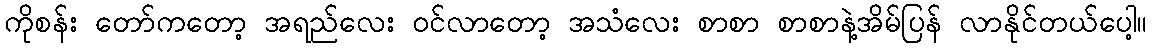
ကိုစန်း တော်ကတော့ အရည်လေး ဝင်လာတော့ အသံလေး စာစာ စာစာနဲ့အိမ်ပြန် လာနိုင်တယ်ပေါ့။